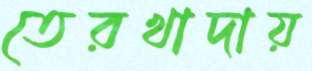
তেরখাদায়